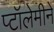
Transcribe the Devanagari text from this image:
प्टॉलेमीने